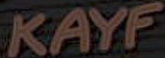
KAYF